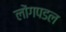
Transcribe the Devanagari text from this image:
लोंगपडल